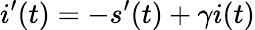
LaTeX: i^{\prime}(t)=-s^{\prime}(t)+\gamma i(t)